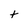
Character: t